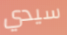
سيدي